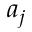
a _ { j }